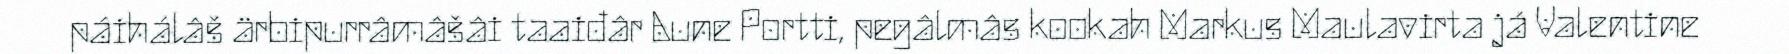
páihálâš ärbipurrâmâšâi taaiđâr Aune Portti, pegâlmâs kookah Markus Maulavirta já Valentine